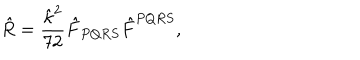
{ \hat { R } = \frac { \hat { \kappa } ^ { 2 } } { 7 2 } \hat { F } _ { P Q R S } \hat { F } ^ { P Q R S } , }